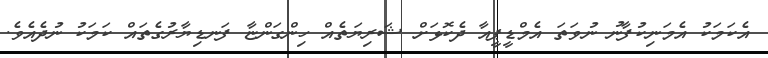
އެކަމަކު އެމަނިކުފާނު ނުވަތަ އެމްޑީޕީއާ ދެކޮޅަށް ޝަރިޔަތެއް ހިންގަންޏާ ފަނޑިޔާރުގެތައް ކަމަކު ނުދެއެވެ.